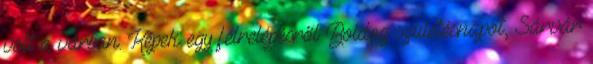
volt a várban. Képek egy félrelépésről Boldog születésnapot, Sárvár